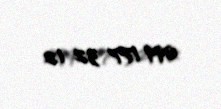
099 177 32 12